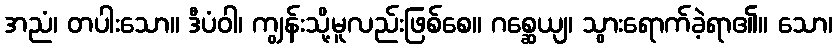
အညံ၊ တပါးသော။ ဒီပံဝါ၊ ကျွန်းသို့မူလည်းဖြစ်စေ။ ဂစ္ဆေယျ၊ သွားရောက်ခဲ့ရာ၏။ သော၊